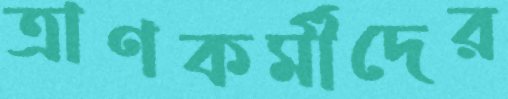
ত্রাণকর্মীদের